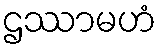
ဌဿာမဟံ